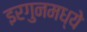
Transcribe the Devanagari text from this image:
इरगुनमध्ये